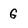
Character: G